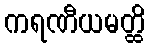
ကရဏီယမတ္ထိ